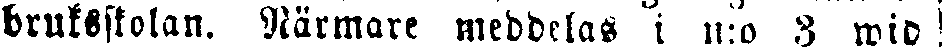
bruksstolan. Närmare meddelas i n:o 3 wid